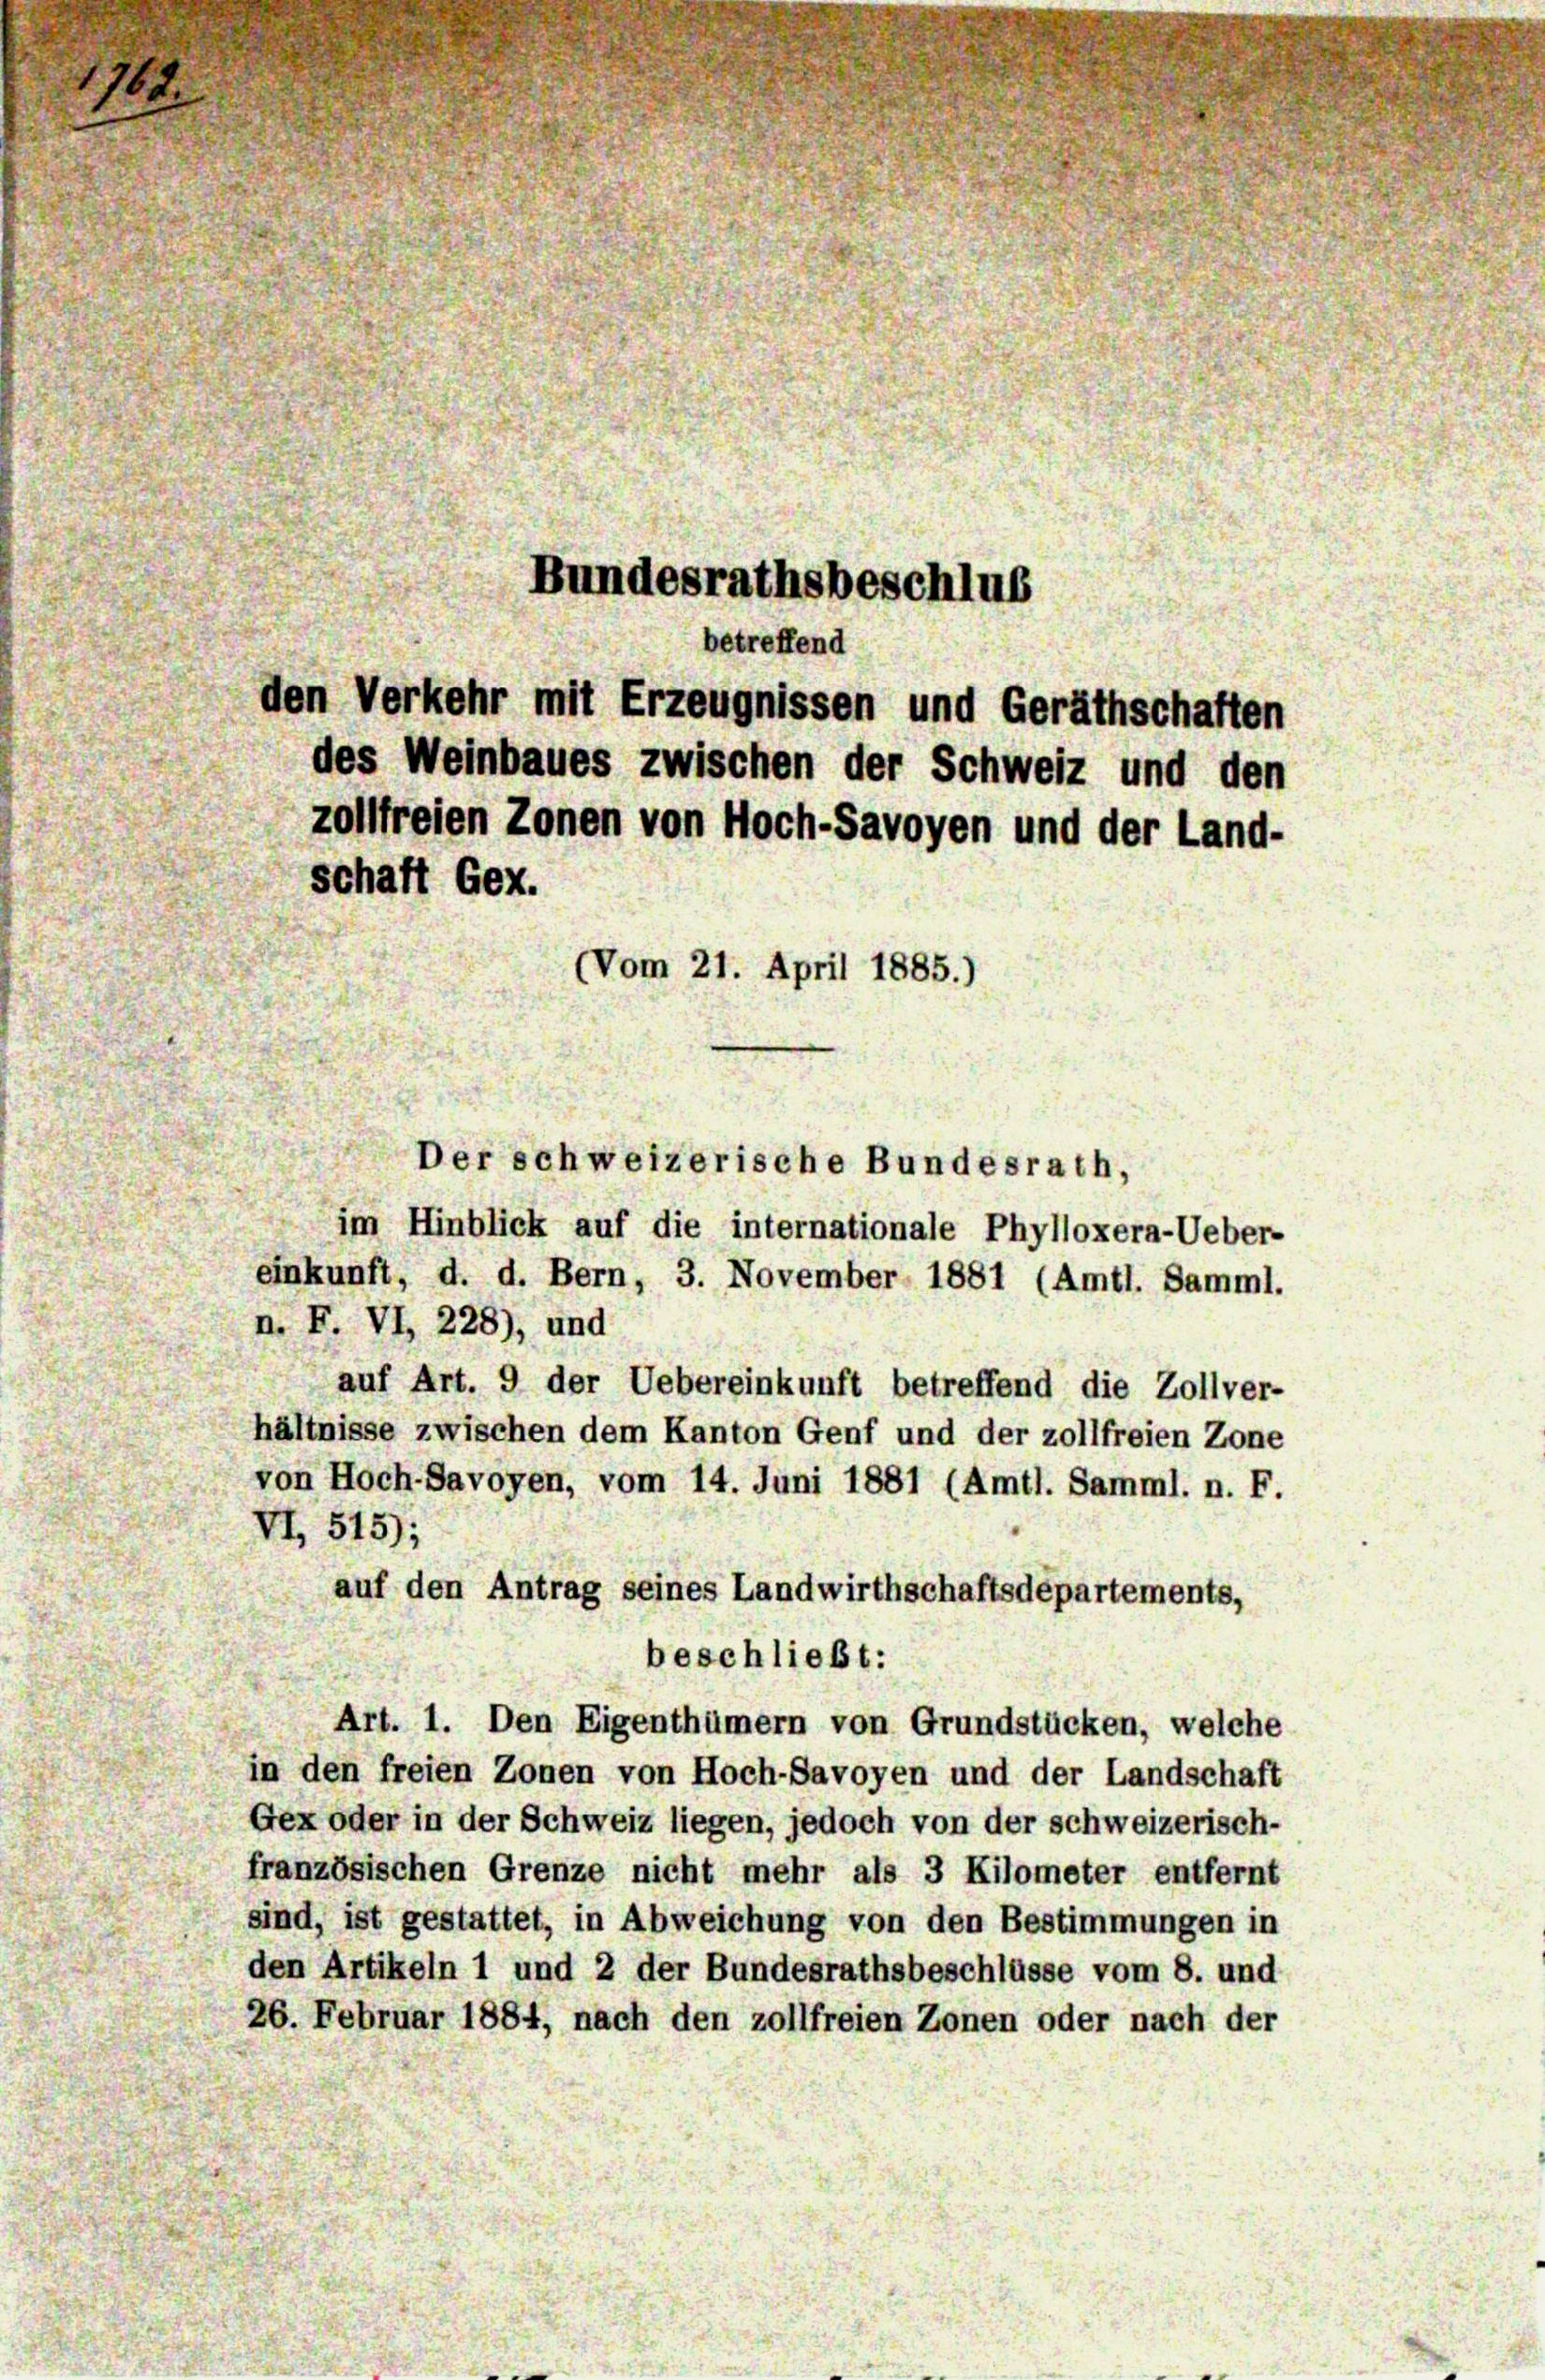
schaft Gex.

76.
Bundesrathsbeschlus

Vom 21. April 1885.)

betreffend
den Verkehr mit Erzeugnissen und Geräthschaften
des Weinbaues zwischen der Schweiz und den
zollfreien Zonen von Hoch-Savoyen und der Land-

im Hinblick auf die internationale Phylloxera-Ueber-
einkunft, d. d. Bern, 3. November 1881 (Amtl. Samml.
n. F. VI, 228), und
auf Art. 9 der Uebereinkunft betreffend die Zollver-
hältnisse zwischen dem Kanton Genf und der zollfreien Zone
von Hoch-Savoyen, vom 14. Juni 1881 (Amtl. Samml. n. F.
VI, 515);
auf den Antrag seines Landwirthschaftsdepartements,
Art. 1. Den Eigenthümern von Grundstücken, welche
in den freien Zonen von Hoch-Savoyen und der Landschaft
Gex oder in der Schweiz liegen, jedoch von der schweizerisch-
französischen Grenze nicht mehr als 3 Kilometer entfernt
sind, ist gestattet, in Abweichung von den Bestimmungen in
den Artikeln 1 und 2 der Bundesrathsbeschlüsse vom 8. und
26. Februar 1884, nach den zollfreien Zonen oder nach der

Der schweizerische Bundesrath,

beschließt: